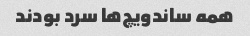
همه ساندویچ‌ها سرد بودند